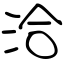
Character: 洽